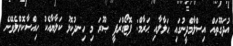
އުދަގޫތައް އިސްލާމްދީނުގައި ޙަލާލާއި ޙަރާމް: ފޮޓޯގްރަފީ ޞޫރަ މި ހިނދުކޮޅު ކަލާޔާއެކު ހިއްސާކޮށްލެވޭނެ